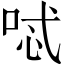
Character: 𠴆